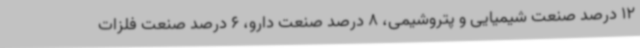
12 درصد صنعت شیمیایی و پتروشیمی، 8 درصد صنعت دارو، 6 درصد صنعت فلزات